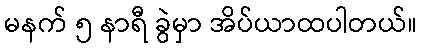
မနက် ၅ နာရီ ခွဲမှာ အိပ်ယာထပါတယ်။